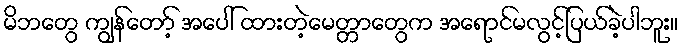
မိဘတွေ ကျွန်တော့် အပေါ် ထားတဲ့မေတ္တာတွေက အရောင်မလွင့်ပြယ်ခဲ့ပါဘူး။